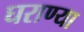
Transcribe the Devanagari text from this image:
घराण्या